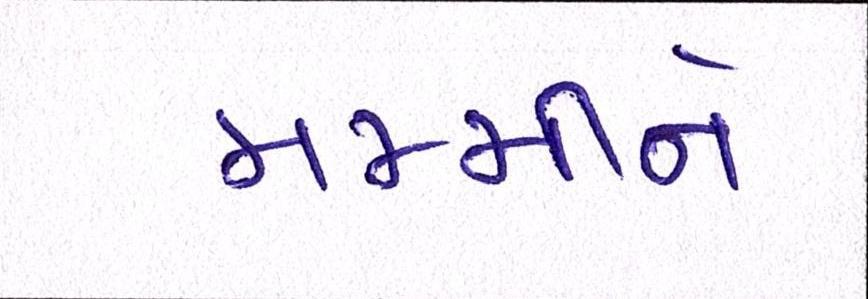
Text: મમ્મીને